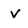
Character: v